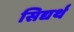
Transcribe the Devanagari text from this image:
सिद्यर्थ